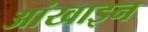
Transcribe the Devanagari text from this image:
आंखाइन